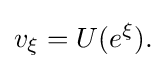
{v_{\xi }=U(e^{\xi }).}